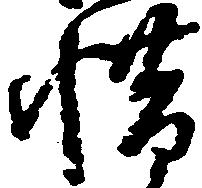
惜